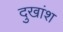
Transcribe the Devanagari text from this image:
दुखांश